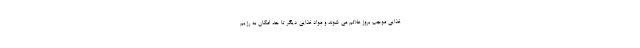
غذایی موجب بروز علائم می شوند و مواد غذایی دیگر تا حد امکان به رژیم